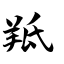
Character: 羝